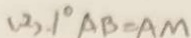
( 2 ) . 1 ^ { \circ } A B = A M